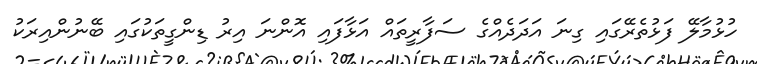
ހުޅުމާލޭ ފަޅުތެރޭގައި ގިނަ އަދަދެއްގެ ސަފާރީތައް އަޅާފައި އޮންނަ އިރު ޑިންގީތަކުގައި ބޭނުންއިރަކު